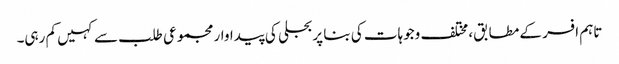
تاہم افسر کے مطابق، مختلف وجوہات کی بنا پر بجلی کی پیداوار مجموعی طلب سے کہیں کم رہی۔